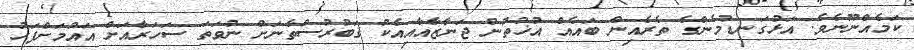
ކަމެއްނޫނެވެ. އަޅުގަނޑުމެންގެ ތެރެއިން ބައެއް އުޚުތުން ޖަނާޒާއާއިއެކު ޤަބުރުސްތާނަށް ނުވަތަ ސަހަރާއަށް އައުމަށްފަހު